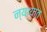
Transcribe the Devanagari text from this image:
न्यायात